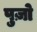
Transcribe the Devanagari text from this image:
पुज़ो